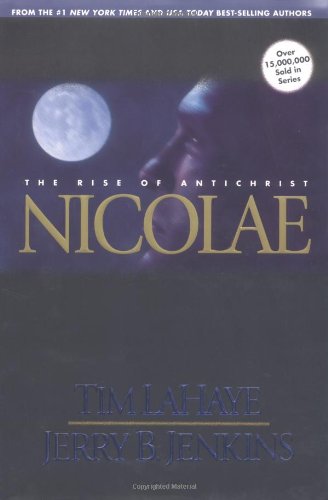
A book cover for Nicolae: The Rise of Antichrist (Left Behind, Book 3); Tim LaHaye; Religion & Spirituality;